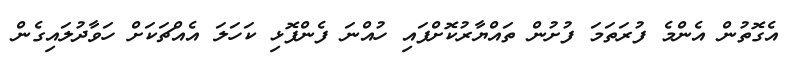
އެގޮތުން އެންމެ ފުރަތަމަ ފުށުން ތައްޔާރުކޮށްފައި ހުއްނަ ފެންފޮޅި ކަހަލަ އެއްޗަކަށް ހަވާދުލައިގެން